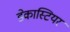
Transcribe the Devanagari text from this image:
डेकास्टियर